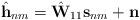
LaTeX: \begin{align*} \hat{\mathbf{h}}_{nm}=\hat{\mathbf{W}}_{11}\mathbf{s}_{nm}+\mathbf{n}\end{align*}